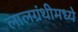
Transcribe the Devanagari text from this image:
लालग्रंथीमध्ये